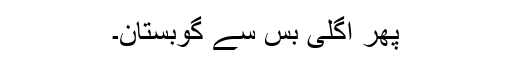
پھر اگلی بس سے گوبستان۔